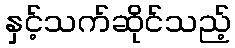
နှင့်သက်ဆိုင်သည့်